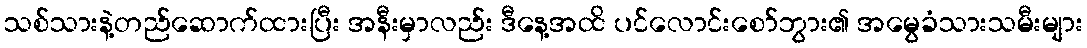
သစ်သားနဲ့တည်ဆောက်ထားပြီး အနီးမှာလည်း ဒီနေ့အထိ ပင်လောင်းစော်ဘွား၏ အမွေခံသားသမီးများ